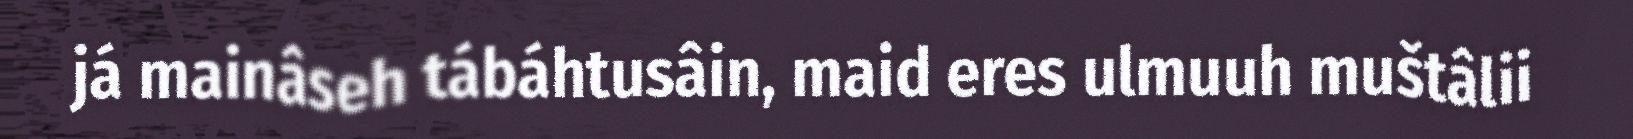
já mainâseh tábáhtusâin, maid eres ulmuuh muštâlii